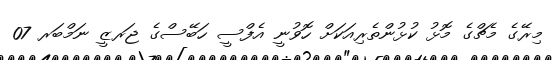
މިރޭގެ މެޗްގެ މޮޅު ކުޅުންތެރިއަކަށް ހޮވުނީ އެފްސީ ހަބޭސްގެ ޖަރޒީ ނަމްބަރ 07